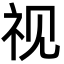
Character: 视